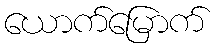
ယောက်မြောက်